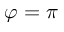
\varphi = \pi